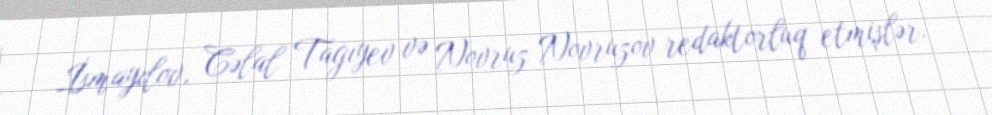
İsmayılov, Cəlal Tağıyev və Novruz Novruzov redaktorluq etmişlər.